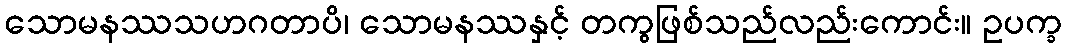
သောမနဿသဟဂတာပိ၊ သောမနဿနှင့် တကွဖြစ်သည်လည်းကောင်း။ ဥပက္ခ